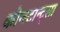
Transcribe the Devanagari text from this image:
कोन्स्टान्ट्सा